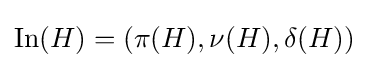
\mathrm {In} (H)=\left(\pi (H),\nu (H),\delta (H)\right)